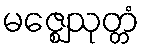
မဇ္ဈေသုတ္တံ